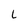
Character: l